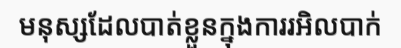
មនុស្សដែលបាត់ខ្លួនក្នុងការរអិលបាក់